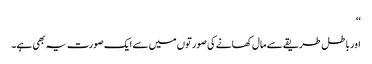
‘‘
اور باطل طریقے سے مال کھانے کی صورتوں میں سے ایک صورت یہ بھی ہے۔